Insane asylums in Bengal annual reports 1876-1887 - 1876-1887
Year: 1876
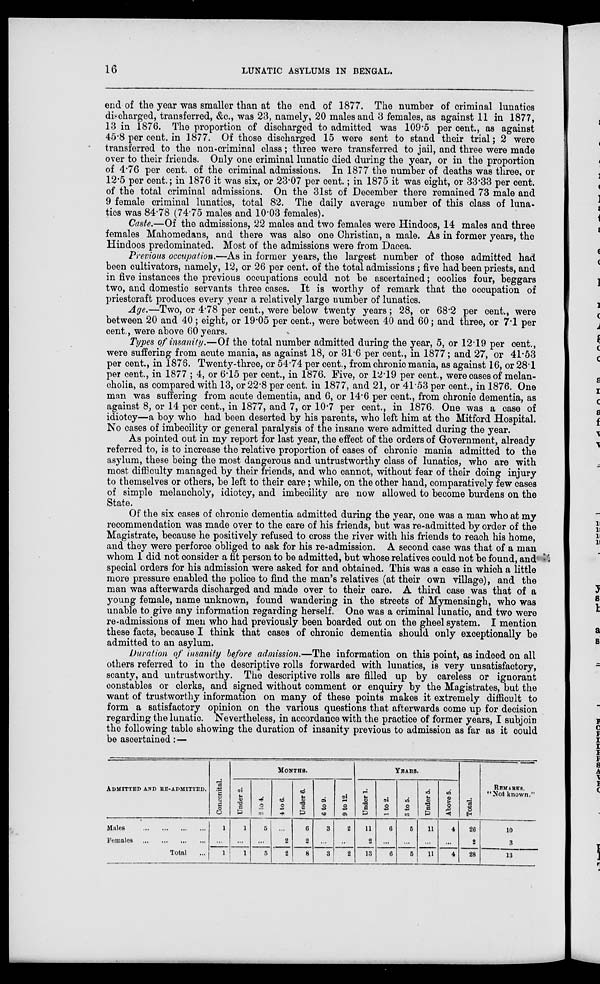
16
LUNATIC ASYLUMS IN BENGAL.
end of the year was smaller than at the end of 1877. The number of criminal lunatics
discharged, transferred, &c., was 23, namely, 20 males and 3 females, as against 11 in 1877,
13 in 1876. The proportion of discharged to admitted was 109.5 per cent., as against
45.8 per cent. in 1877. Of those discharged 15 were sent to stand their trial; 2 were
transferred to the non-criminal class; three were transferred to jail, and three were made
over to their friends. Only one criminal lunatic died during the year, or in the proportion
of 4.76 per cent. of the criminal admissions. In 1877 the number of deaths was three, or
12.5 per cent.; in 1876 it was six, or 23.07 per cent.; in 1875 it was eight, or 33.33 per cent.
of the total criminal admissions. On the 31st of December there remained 73 male and
9 female criminal lunatics, total 82. The daily average number of this class of luna-
tics was 84.78 (74.75 males and 10.03 females).
Caste.—Of the admissions, 22 males and two females were Hindoos, 14 males and three
females Mahomedans, and there was also one Christian, a male. As in former years, the
Hindoos predominated. Most of the admissions were from Dacca.
Previous occupation.—As in former years, the largest number of those admitted had
been cultivators, namely, 12, or 26 per cent. of the total admissions ; five had been priests, and
in five instances the previous occupations could not be ascertained; coolies four, beggars
two, and domestic servants three cases. It is worthy of remark that the occupation of
priestcraft produces every year a relatively large number of lunatics.
Age.—Two, or 4.78 per cent., were below twenty years ; 28, or 68.2 per cent., were
between 20 and 40; eight, or 19.05 per cent., were between 40 and 60; and three, or 7.1 per
cent., were above 60 years.
Types of insanity.—Of the total number admitted during the year, 5, or 12.19 per cent.,
were suffering from acute mania, as against 18, or 31.6 per cent., in 1877; and 27, or 41.53
per cent., in 1876. Twenty-three, or 54.74 per cent., from chronic mania, as against 16, or 28.1
per cent., in 1877 ; 4, or 6.15 per cent., in 1876. Five, or 12.19 per cent., were cases of melan-
cholia, as compared with 13, or 22.8 per cent. in 1877, and 21, or 41.53 per cent., in 1876. One
man was suffering from acute dementia, and 6, or 14.6 per cent., from chronic dementia, as
against 8, or 14 per cent., in 1877, and 7, or 10.7 per cent., in 1876 One was a case of
idiotcy—a boy who had been deserted by his parents, who left him at the Mitford Hospital.
No cases of imbecility or general paralysis of the insane were admitted during the year.
As pointed out in my report for last year, the effect of the orders of Government, already
referred to, is to increase the relative proportion of cases of chronic mania admitted to the
asylum, these being the most dangerous and untrustworthy class of lunatics, who are with
most difficulty managed by their friends, and who cannot, without fear of their doing injury
to themselves or others, be left to their care; while, on the other hand, comparatively few cases
of simple melancholy, idiotcy, and imbecility are now allowed to become burdens on the
State.
Of the six cases of chronic dementia admitted during the year, one was a man who at my
recommendation was made over to the care of his friends, but was re-admitted by order of the
Magistrate, because he positively refused to cross the river with his friends to reach his home,
and they were perforce obliged to ask for his re-admission. A second case was that of a man
whom I did not consider a fit person to be admitted, but whose relatives could not be found, and
special orders for his admission were asked for and obtained. This was a case in which a little
more pressure enabled the police to find the man's relatives (at their own village), and the
man was afterwards discharged and made over to their care. A third case was that of a
young female, name unknown, found wandering in the streets of Mymensingh, who was
unable to give any information regarding herself. One was a criminal lunatic, and two were
re-admissions of men who had previously been boarded out on the gheel system. I mention
these facts, because I think that cases of chronic dementia should only exceptionally be
admitted to an asylum.
Duration of insanity before admission.—The information on this point, as indeed on all
others referred to in the descriptive rolls forwarded with lunatics, is very unsatisfactory,
scanty, and untrustworthy. The descriptive rolls are filled up by careless or ignorant
constables or clerks, and signed without comment or enquiry by the Magistrates, but the
want of trustworthy information on many of these points makes it extremely difficult to
form a satisfactory opinion on the various questions that afterwards come up for decision
regarding the lunatic. Nevertheless, in accordance with the practice of former years, I subjoin
the following table showing the duration of insanity previous to admission as far as it could
be ascertained:—
ADMITTED AND RE-ADMITTED.
Males
...
...
...
...
Females
...
...
...
...
Total ...
Congenital.
1
...
1
MONTHS.
Under 2.
1
...
1
2 to 4.
5
...
5
4 to 6.
...
2
2
Under 6.
6
2
8
6 to 9.
3
...
3
9 to 12.
2
...
2
YEARS.
Under 1.
11
2
13
l to 2.
6
...
6
3 to 5.
5
...
5
Under 5.
11
...
11
Above 5.
4
...
4
Total.
26
2
28
REMARKS,
“Not known.”
10
3
13